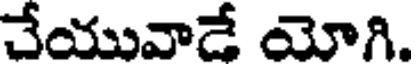
చేయువాడే యోగి.